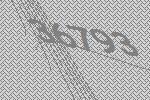
36793